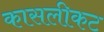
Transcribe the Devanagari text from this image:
कासलीकट